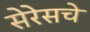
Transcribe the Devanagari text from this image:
सेरेसचे